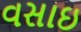
વસાઇ